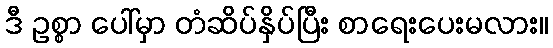
ဒီ ဥစ္စာ ပေါ်မှာ တံဆိပ်နှိပ်ပြီး စာရေးပေးမလား။